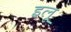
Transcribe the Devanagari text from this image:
इलू